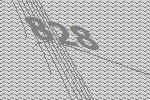
828